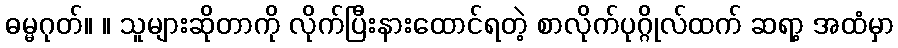
ဓမ္မဂုတ်။ ။ သူများဆိုတာကို လိုက်ပြီးနားထောင်ရတဲ့ စာလိုက်ပုဂ္ဂိုလ်ထက် ဆရာ့ အထံမှာ